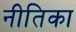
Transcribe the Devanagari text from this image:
नीतिका